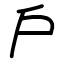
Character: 戶